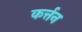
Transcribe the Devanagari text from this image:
कर्त्तन